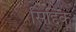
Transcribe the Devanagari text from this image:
सिद्दिक